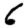
Digit: 6